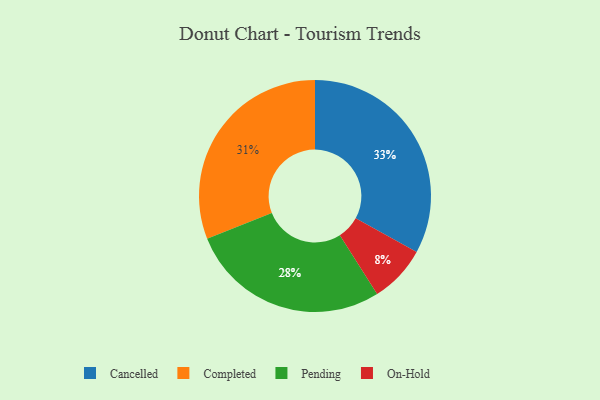
{"axis": {"x": "Category", "y": "Percentage"}, "legend": ["Cancelled", "Completed", "On-Hold", "Pending"], "data": [{"x": "Cancelled", "y": 33, "type": "Cancelled"}, {"x": "Pending", "y": 28, "type": "Pending"}, {"x": "Completed", "y": 31, "type": "Completed"}, {"x": "On-Hold", "y": 8, "type": "On-Hold"}]}